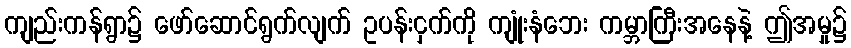
ကျည်းကန်ရွာ၌ ဖော်ဆောင်ရွက်လျက် ဥပန်းငှက်ကို ကျုံးနံဘေး ကမ္ဘာကြီးအနေနဲ့ ဤအမှု၌